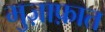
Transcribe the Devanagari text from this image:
मुज़ाफ़ात